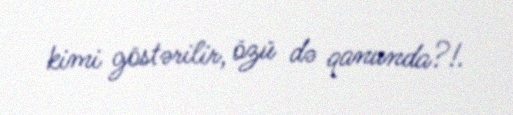
kimi göstərilir, özü də qanunda?!.